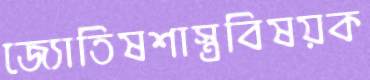
জ্যোতিষশাস্ত্রবিষয়ক